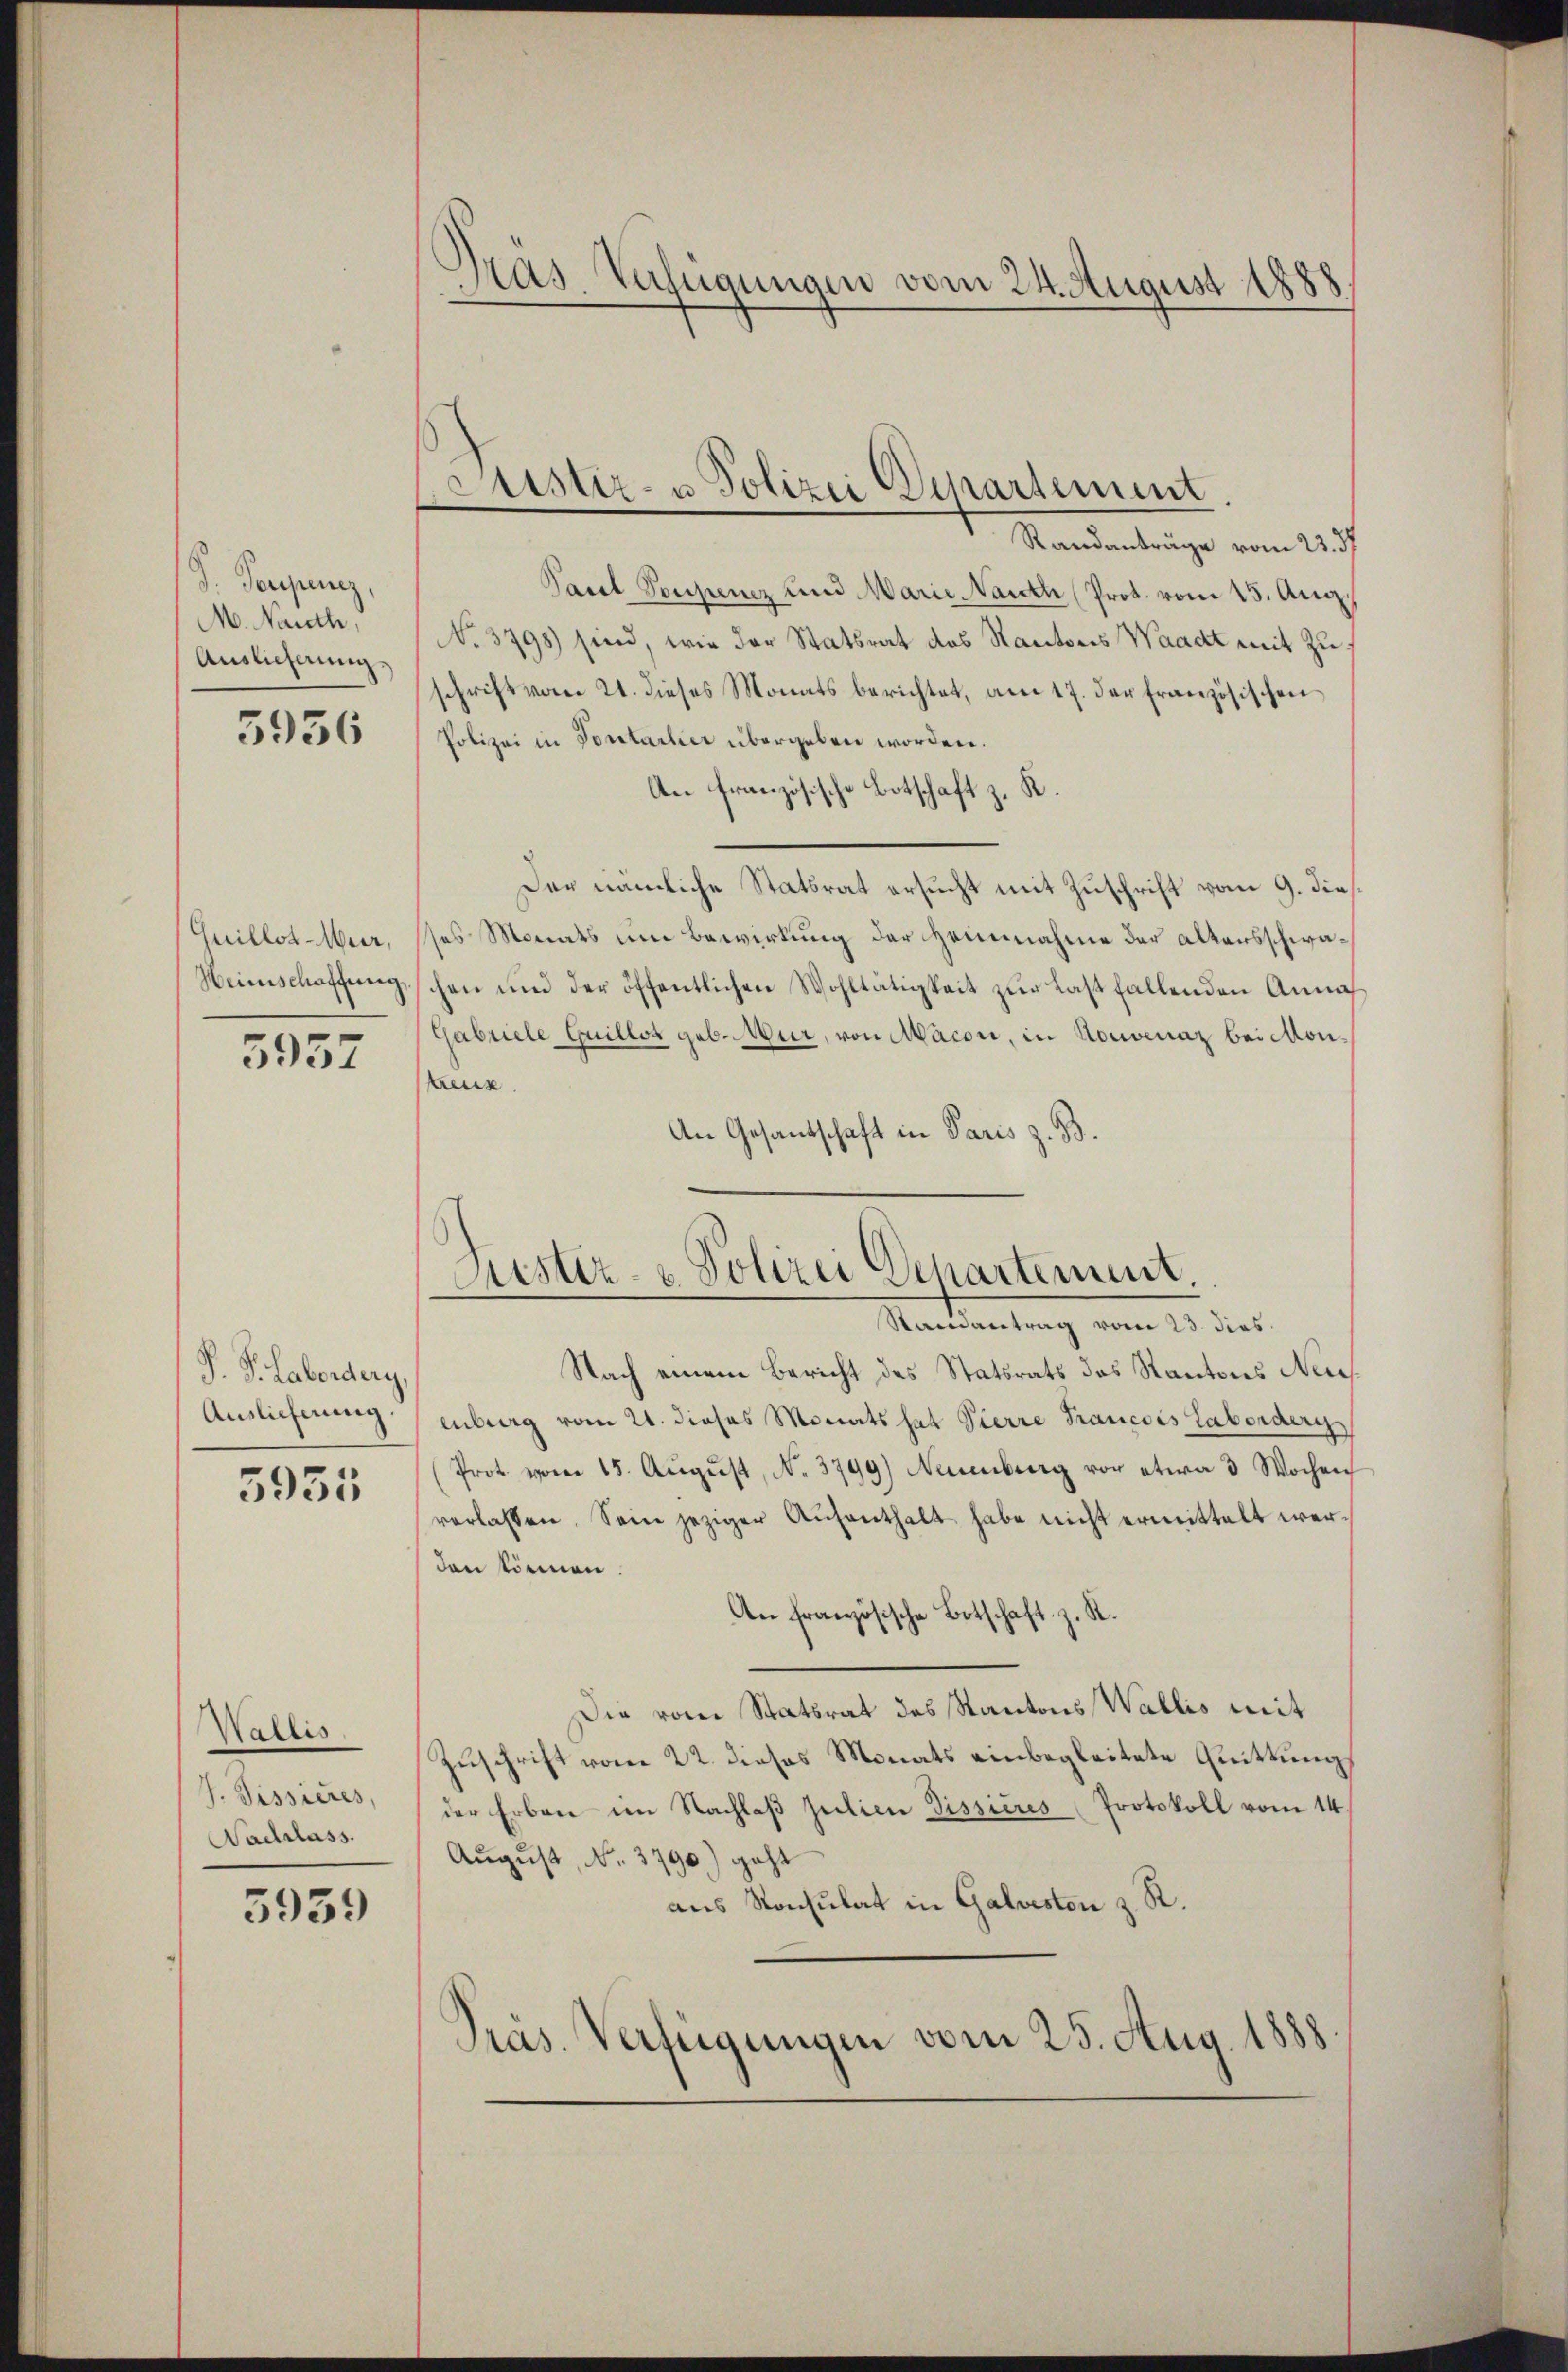
d. Sorgenz,
M. Nauth,
Auslicherung

5956

Guillot-Meer,
Weinschaffung

5957

P. P. Labordery,
Auslieferung

5955

Wallis
J. Disseres,
Nadrlass.

5939

Pras. Verfügungen vom 24. August 1888

Astiz- u Polizei Departement.

Standenlange vom 21.
Paul Vonjunz und Marie Nauen (Prot. vom 15. Aug.
No. 3798) sind, wie der Statsrat des Kantons Waadt mit Zuschrift vom 21. dieses Monats berichtet, am 17. der französischen
Polizei in Portarlier übergeben worden.
An französische Botschaft z. R.
Der nämliche Statsrat ersucht mit Zuschrift vom 9. dies
ses Monats um Bewirkung der Heinnahme der altensschwachen und der öffentlichen Wohltätigkeit zŭr Last fallenden Annah
Gabriele Guillos geb. Mur, von Macon, in Konvenaz bei conkreuz
An Gesantschaft in Paris z. B.

Justiz- & Polizei Departement.
Randantrag vom 23. dies

Nach einem Bericht des Statsrats des Kantons Neu
enburg vom 21. dieses Monats hat Pierre Francois Laborderg
Prot. vom 15. Aŭgŭst No. 3799) Neuenburg vor etwa 3 Wochen
verlassen. Sein jeziger Aufenthalt habe nicht ermittelt werden können
An französische Botschaft z. R.
Die vom Statsrat des Kantons Wallis mit
Zuschrift vom 22. dieses Monats einbegleitete Quittung
der Erben im Nachlaβ julien Dissicus Protokoll vom 14.
August, No. 3790) geht
aus Konsulat in Galvesten z. R.
Präs. Verfügungen vom 25. Aug. 1888.